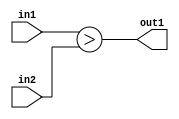
`timescale 1ps / 1ps
/*****************************************************************************
    Verilog RTL Description
    
    
    Created by: CellMath Designer 2019.1.01 
*******************************************************************************/

module DFT_compute_LessThan_3Ux8U_1U_4 (
	in2,
	in1,
	out1
	); /* architecture "behavioural" */ 
input [2:0] in2;
input [7:0] in1;
output  out1;
wire  asc001;

assign asc001 = (in1>in2);

assign out1 = asc001;
endmodule

/* CADENCE  ubDxSQ4= : u9/ySgnWtBlWxVPRXgAZ4Og= ** DO NOT EDIT THIS LINE ******/